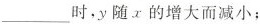
___时，y随x的增大而减小；